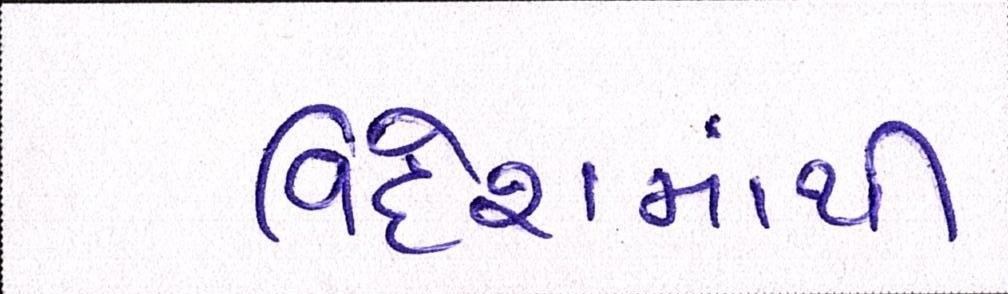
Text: વિદેશમાંથી